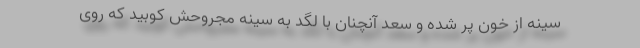
سینه از خون پُر شده و سعد آنچنان با لگد به سینه مجروحش کوبید که روی